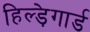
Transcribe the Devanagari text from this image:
हिल्ड़ेगार्ड